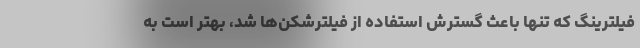
فیلترینگ که تنها باعث گسترش استفاده از فیلترشکن‌ها شد، بهتر است به